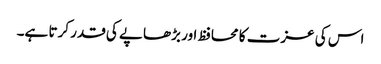
اس کی عزت کا محافظ اور بڑھاپے کی قدر کرتا ہے۔